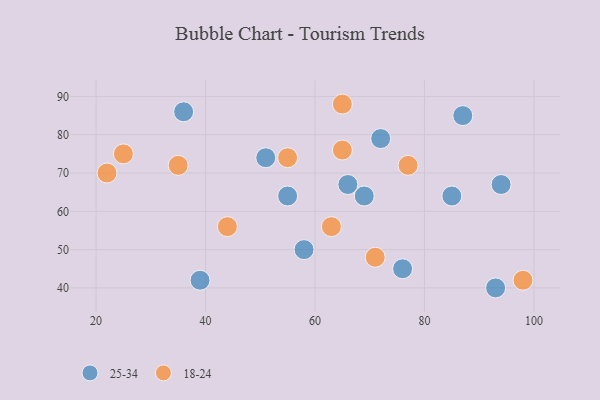
{"axis": {"x": "GDP", "y": "Life Expectancy"}, "legend": ["18-24", "25-34"], "data": [{"x": "72", "y": 79, "type": "25-34"}, {"x": "87", "y": 85, "type": "25-34"}, {"x": "66", "y": 67, "type": "25-34"}, {"x": "36", "y": 86, "type": "25-34"}, {"x": "93", "y": 40, "type": "25-34"}, {"x": "55", "y": 64, "type": "25-34"}, {"x": "69", "y": 64, "type": "25-34"}, {"x": "58", "y": 50, "type": "25-34"}, {"x": "85", "y": 64, "type": "25-34"}, {"x": "76", "y": 45, "type": "25-34"}, {"x": "51", "y": 74, "type": "25-34"}, {"x": "39", "y": 42, "type": "25-34"}, {"x": "94", "y": 67, "type": "25-34"}, {"x": "63", "y": 56, "type": "18-24"}, {"x": "65", "y": 76, "type": "18-24"}, {"x": "25", "y": 75, "type": "18-24"}, {"x": "71", "y": 48, "type": "18-24"}, {"x": "98", "y": 42, "type": "18-24"}, {"x": "77", "y": 72, "type": "18-24"}, {"x": "65", "y": 88, "type": "18-24"}, {"x": "22", "y": 70, "type": "18-24"}, {"x": "35", "y": 72, "type": "18-24"}, {"x": "44", "y": 56, "type": "18-24"}, {"x": "55", "y": 74, "type": "18-24"}]}